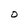
Character: 0